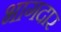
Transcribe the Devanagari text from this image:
भागदार